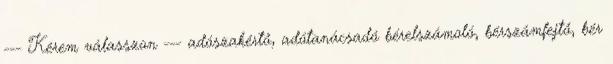
--- Kérem válasszon --- adószakértő, adótanácsadó bérelszámoló, bérszámfejtő, bér